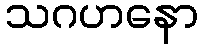
သဂဟနော